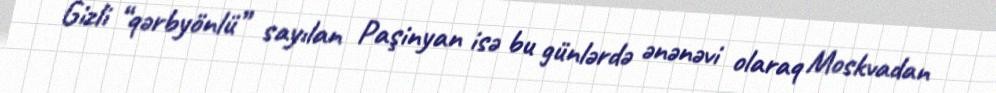
Gizli “qərbyönlü” sayılan Paşinyan isə bu günlərdə ənənəvi olaraq Moskvadan